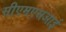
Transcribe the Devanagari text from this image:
सीएमएसआई